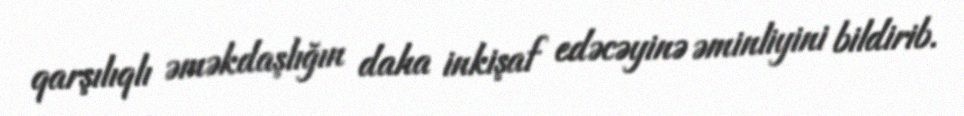
qarşılıqlı əməkdaşlığın daha inkişaf edəcəyinə əminliyini bildirib.